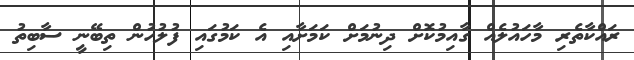
ރައްކާތެރި މާހައުލެއް ގާއިމުކޮށް ދިނުމަށް ކަމަށާއި އެ ކަމުގައި ފުލުހުން ތިބޭނީ ސާބިތު